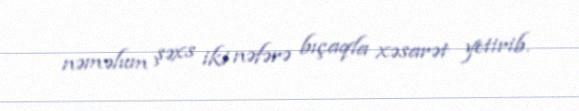
nəməlum şəxs iki nəfərə bıçaqla xəsarət yetirib.